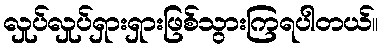
လှုပ်လှုပ်ရှားရှားဖြစ်သွားကြရပါတယ်။